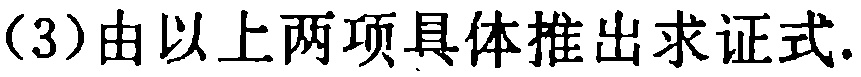
(3)由以上两项具体推出求证式.